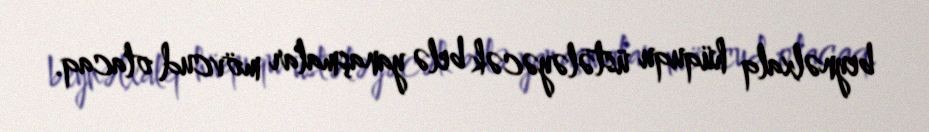
beynəlxalq hüququ üstələyəcək belə yanaşmalar mövcud olacaq.